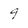
Character: 9